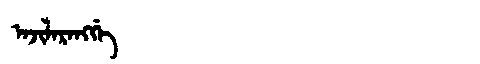
Manchu: ᠠᠵᡳᠯᠠᡵᠠᠩᡤᡝ
Romanization: AJILARANGGE